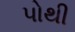
પોથી